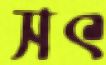
সৎ